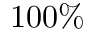
1 0 0 \%